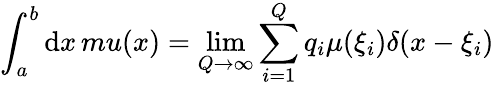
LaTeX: \int_{a}^{b}\mathrm{d}x\, mu(x)=\operatorname*{lim}_{Q\rightarrow\infty}\sum_{i=1}^{Q}q_{i}\mu(\xi_{i})\delta(x-\xi_{i})